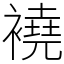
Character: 襓